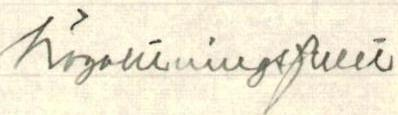
Högaktningsfullt